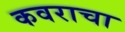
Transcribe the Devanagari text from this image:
कवराचा